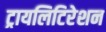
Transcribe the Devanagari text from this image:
ट्रायलिटिरेशन